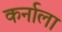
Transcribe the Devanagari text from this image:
कर्नाला